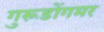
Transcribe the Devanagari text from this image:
गुरूडोंगमर